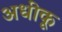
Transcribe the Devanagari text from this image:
अधीकू